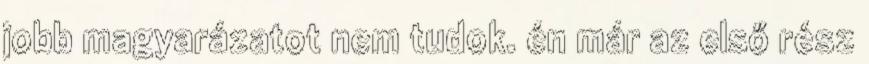
jobb magyarázatot nem tudok. én már az első rész